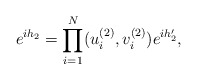
\begin{align*}e^{ih_2}=\prod_{i=1}^N (u_i^{(2)},v_i^{(2)})e^{ih_2'},\end{align*}